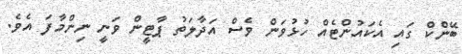
ބޭންކް ގައި އެކައުންޓެއް ހުޅުވަން ވެސް އަދާލަތު ޕާޓީން ވަނީ ނިންމާފަ އެވެ.